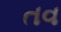
તવ